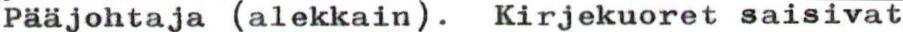
Pääjohtaja (alekkain). Kirjekuoret saisivat